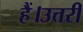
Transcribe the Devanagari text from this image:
हैं।उत्तरी